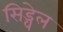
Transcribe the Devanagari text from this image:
सिड्वेल